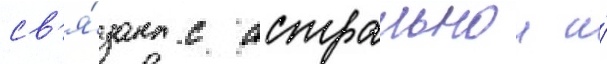
св'я́зана с астральнои и́